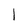
Character: l